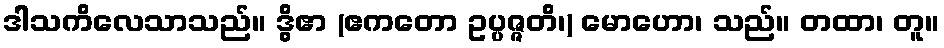
ဒါသကိလေသာသည်။ ဒွိဧာ (ဧကတော ဥပ္ပဇ္ဇတိ၊) မောဟော၊ သည်။ တထာ၊ တူ။